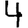
Digit: 4